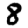
Digit: 8